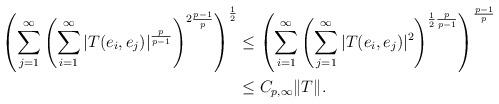
LaTeX: \begin{align*}\left( \sum_{j=1}^{\infty}\left( \sum_{i=1}^{\infty}|T(e_{i},e_{j})|^{\frac{p}{p-1}}\right) ^{2\frac{p-1}{p}}\right) ^{\frac{1}{2}} &\leq\left( \sum_{i=1}^{\infty}\left( \sum_{j=1}^{\infty}|T(e_{i},e_{j})|^{2}\right) ^{\frac{1}{2}\frac{p}{p-1}}\right) ^{\frac{p-1}{p}}\\& \leq C_{p,\infty}\Vert T\Vert.\end{align*}